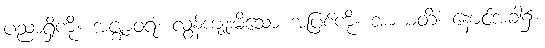
ပညာရှိကို။ အဇ္ဈာဝရံ၊ လွန်ကျူးမိသော အပြစ်ကို။ အာယတိံ၊ နောင်အခါ၌။